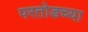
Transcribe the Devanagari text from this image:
परतोडच्या